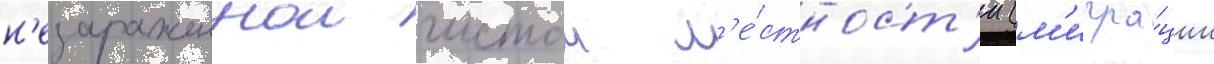
н'езараженнои чистои м'е́стност'и (м'игра́ции